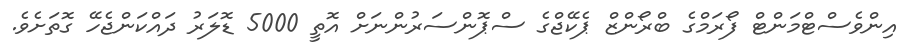
އިންވެސްޓްމަންޓް ފޯރަމްގެ ބްރޯންޒް ޕެކޭޖްގެ ސްޕޮންސަރުންނަށް އޮތީ 5000 ޑޮލަރު ދައްކަންޖެހޭ ގޮތަށެވެ.